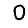
Digit: 0